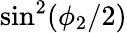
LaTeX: \sin^{2}(\phi_{2}/2)